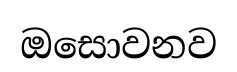
ඔසොවනව